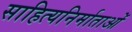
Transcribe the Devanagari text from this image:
साहित्यनिर्माताओं